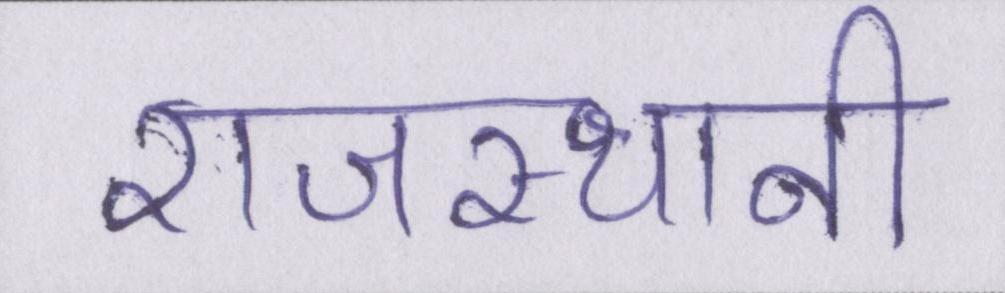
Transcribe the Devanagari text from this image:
राजस्थानी